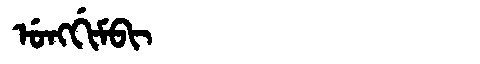
Manchu: ᡠᠩᡤᡳᠮᠪᡳ
Romanization: UNGGIMBI